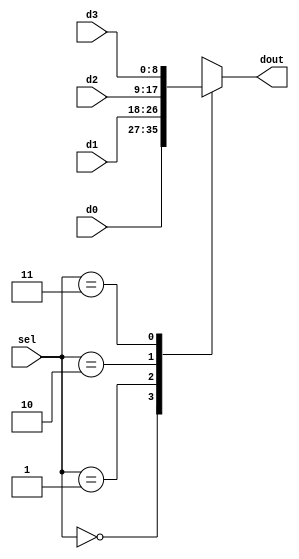
//9-bit 4x1 mux
module mux_4x1(dout,d0,d1,d2,d3,sel);
	output reg [8:0] dout;
	input [8:0] d0,d1,d2,d3;
	input [1:0] sel;
	always @(*)
	begin
		case(sel)
		2'b00: dout <= d0;
		2'b01: dout <= d1;
		2'b10: dout <= d2;
		2'b11: dout <= d3;
		default: dout <= 9'dz;
		endcase
	end
endmodule